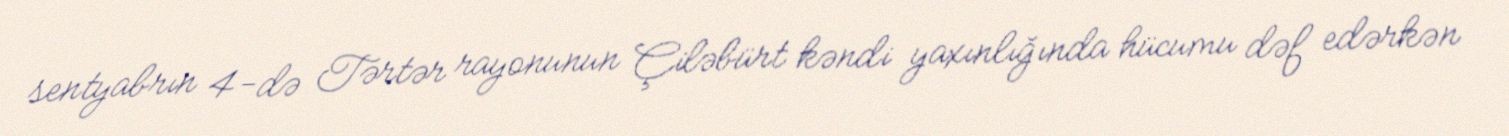
sentyabrın 4-də Tərtər rayonunun Çiləbürt kəndi yaxınlığında hücumu dəf edərkən